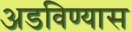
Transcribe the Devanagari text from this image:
अडविण्यास